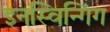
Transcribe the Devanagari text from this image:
इनस्विन्गिंग